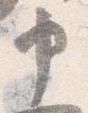
申